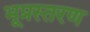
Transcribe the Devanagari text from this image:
भूप्रस्तरण